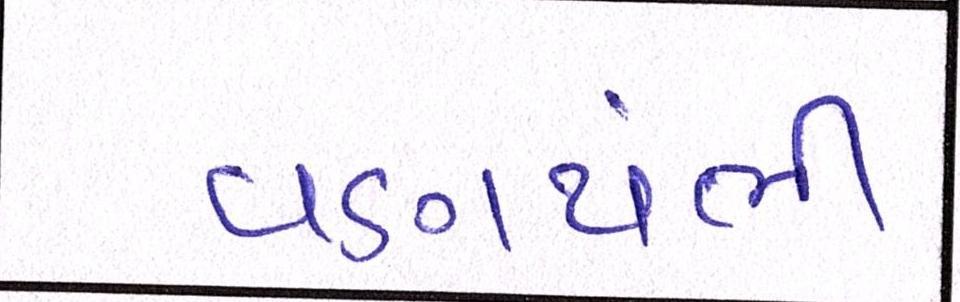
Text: વણથંભી